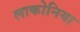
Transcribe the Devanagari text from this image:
लाकोनिया